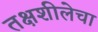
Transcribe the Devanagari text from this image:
तक्षशीलेचा